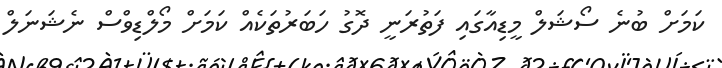
ކަމަށް ބުނެ ސޯޝަލް މީޑިއާގައި ފަތުރަނީ ދޮގު ހަބަރުތަކެއް ކަމަށް މޯލްޑިވްސް ނެޝަނަލް